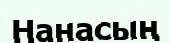
Нанасың